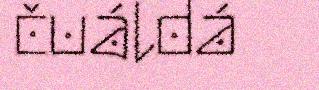
čuáldá